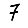
Digit: 7